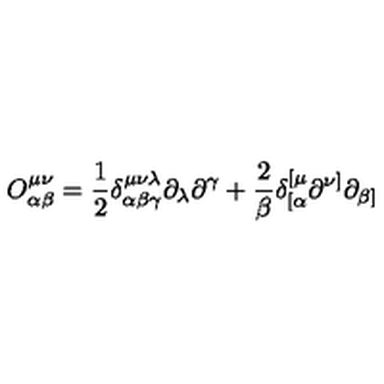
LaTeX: O _ { \alpha \beta } ^ { \mu \nu } = { \frac { 1 } { 2 } } \delta _ { \alpha \beta \gamma } ^ { \mu \nu \lambda } \partial _ { \lambda } \partial ^ { \gamma } + { \frac { 2 } { \beta } } \delta _ { [ \alpha } ^ { [ \mu } \partial ^ { \nu ] } \partial _ { \beta ] }